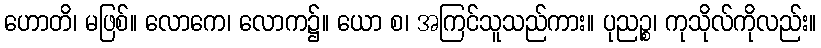
ဟောတိ၊ မဖြစ်။ လောကေ၊ လောက၌။ ယော စ၊ အကြင်သူသည်ကား။ ပုညဉ္စ၊ ကုသိုလ်ကိုလည်း။